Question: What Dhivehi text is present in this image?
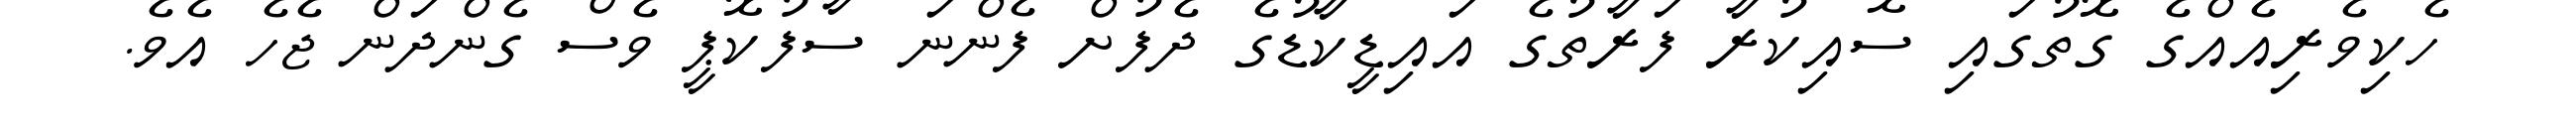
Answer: ހެކިވެރިއެއްގެ ގޮތުގައި ސޮއިކުރާ ފަރާތުގެ އައިޑީކާޑުގެ ދެފުށް ފެންނަ ސާފުކޮޕީ ވެސް ގެންދަން ޖެހެ އެވެ.